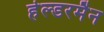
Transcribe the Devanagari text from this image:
हेल्डरमैन